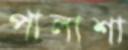
পালাশা